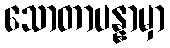
သောတာပန္နာမှာ